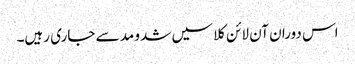
اس دوران آن لائن کلاسیں شدو مد سے جاری رہیں۔